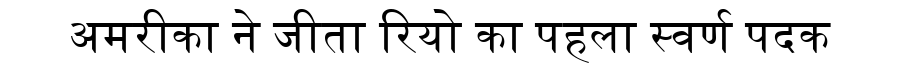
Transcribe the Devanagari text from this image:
अमरीका ने जीता रियो का पहला स्वर्ण पदक